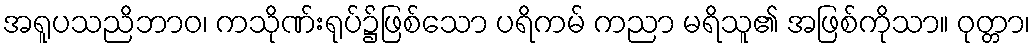
အရူပသညိဘာဝ၊ ကသိုဏ်းရုပ်၌ဖြစ်သော ပရိကမ် ကညာ မရိသူ၏ အဖြစ်ကိုသာ။ ဝုတ္တာ၊